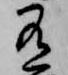
有